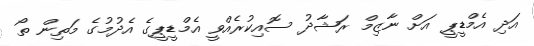
އަދި އެމްޑީޕީ އަށް ނާޒިމް ރަޝާދު ސޮއިކުރެއްވީ އެމްޑީޕީގެ އެދުމުގެ މަތިން ތޯ